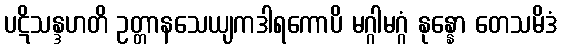
ပဋိသန္ဒဟတိ ဥတ္တာနသေယျကဒါရကောပိ မဂ္ဂါမဂ္ဂံ နုန္နော တေသမိဒံ